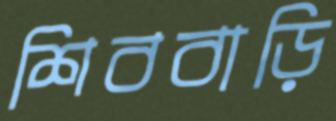
শিববাড়ি